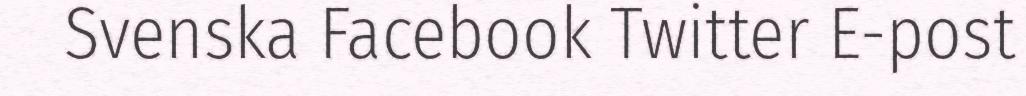
Svenska Facebook Twitter E-post